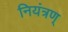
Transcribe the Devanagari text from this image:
नियंत्रण्